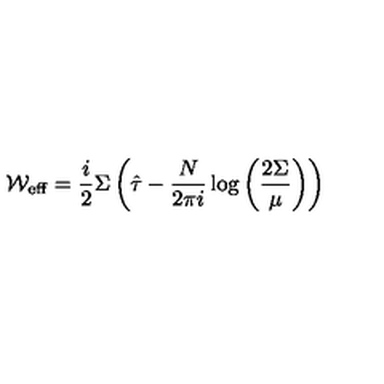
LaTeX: { \cal W } _ { \mathrm { e f f } } = \frac { i } { 2 } \Sigma \left( \hat { \tau } - \frac { N } { 2 \pi i } \log \left( \frac { 2 \Sigma } { \mu } \right) \right)